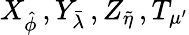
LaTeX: X_{\hat{\phi}}\, ,Y_{\bar{\lambda}}\, ,Z_{\tilde{\eta}}\, ,T_{\mu^{\prime}}